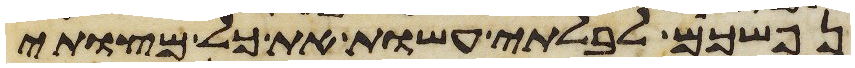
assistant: נפשכם לבלתי עשות את כל מצותי